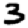
Digit: 3